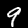
Label: 9